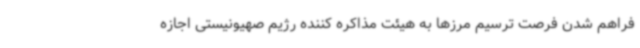
فراهم شدن فرصت ترسیم مرزها به هیئت مذاکره کننده رژیم صهیونیستی اجازه